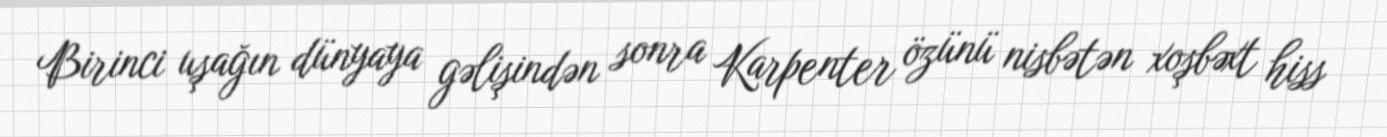
Birinci uşağın dünyaya gəlişindən sonra Karpenter özünü nisbətən xoşbəxt hiss